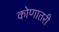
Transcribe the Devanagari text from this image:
कोणातरी